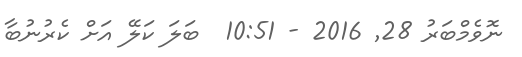
ނޮވެމްބަރު 28